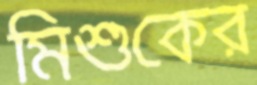
মিশুকের